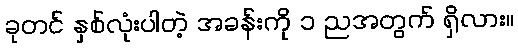
ခုတင် နှစ်လုံးပါတဲ့ အခန်းကို ၁ ညအတွက် ရှိလား။